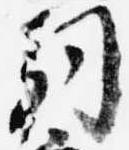
嗣